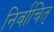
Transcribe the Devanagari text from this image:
निर्वाचित्